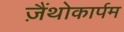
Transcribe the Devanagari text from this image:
ज़ैंथोकार्पम